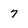
Character: 7